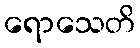
ရောသေတိ